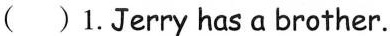
( )1.Jerry has a brother.